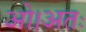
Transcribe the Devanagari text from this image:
ओ।अतः